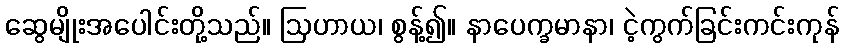
ဆွေမျိုးအပေါင်းတို့သည်။ ဩဟာယ၊ စွန့်၍။ နာပေက္ခမာနာ၊ ငဲ့ကွက်ခြင်းကင်းကုန်